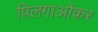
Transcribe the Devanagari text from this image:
पिलगाओंकर